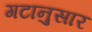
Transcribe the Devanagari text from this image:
गटानुसार